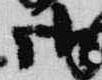
御